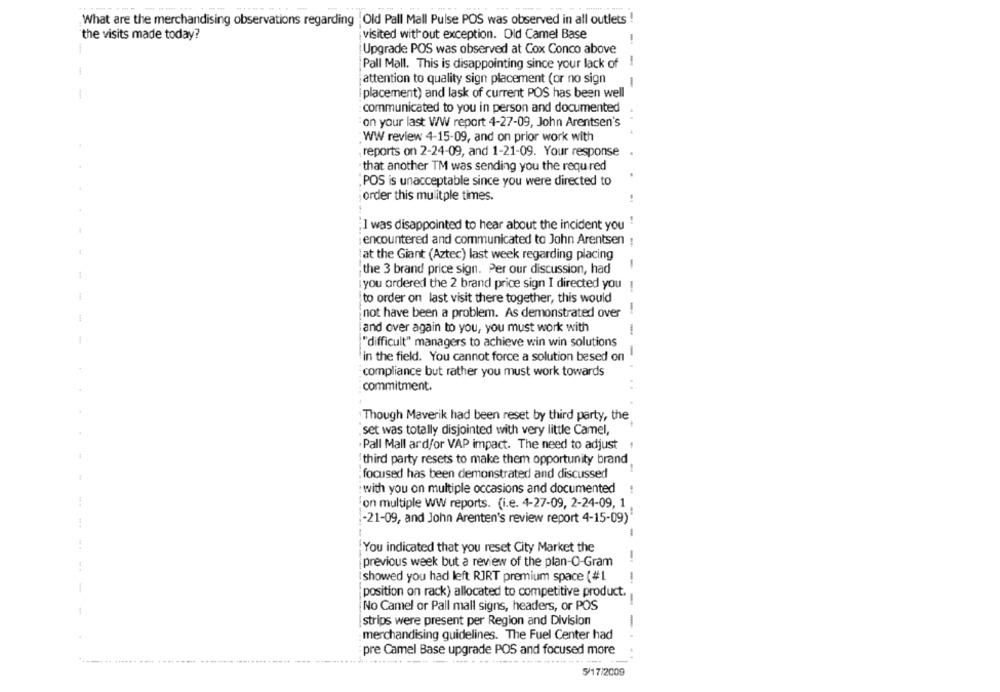
What are the merchandising observations regarding ' Old Pall Mall Pulse POS was observed in all outlets
the visits made today?
visited without exception. Old Camel Base
Upgrade POS was observed at Cox Conco above
Pall Mall. This is disappointing since your lack of
attention to quality sign placement (or no sign
-- - -
placement) and lask of current POS has been well
communicated to you in person and documented
on your last WW report 4-27-09, John Arentsen's
WW review 4-15-09, and on prior work with
reports on 2-24-09, and 1-21-09. Your response
that another TM was sending you the required
;POS is unacceptable since you were directed to
order this mulitple times.
I was disappointed to hear about the incident you "
encountered and communicated to John Arentsen :
at the Giant (Aztec) last week regarding placing
-
the 3 brand price sign. Per our discussion, had
you ordered the 2 brand price sign I directed you
to order on last visit there together, this would
-
not have been a problem. As demonstrated over
and over again to you, you must work with
--
"difficult" managers to achieve win win solutions
in the field. You cannot force a solution besed on
compliance but rather you must work towards
commitment.
Though Maverik had been reset by third party, the
set was totally disjointed with very little Camel,
.Pall Mall and/or VAP impact. The need to adjust
'third party resets to make them opportunity brand
...........
; focused has been demonstrated and discussed
: with you on multiple occasions and documented
on multiple WW reports. (i.e. 4-27-09, 2-24-09, 1
-21-09, and John Arenten's review report 4-15-09)"
You indicated that you reset City Market the
previous week but a review of the plan-O-Gram
I showed you had left RJRT premium space (#1
-+
position on rack) allocated to competitive product.
-
No Camel or Pall mall signs, headers, or POS
strips were present per Region and Division
-
merchandising guidelines. The Fuel Center had
pre Camel Base upgrade POS and focused more
5/17/2009